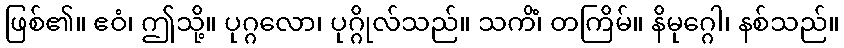
ဖြစ်၏။ ဧဝံ၊ ဤသို့။ ပုဂ္ဂလော၊ ပုဂ္ဂိုလ်သည်။ သကိံ၊ တကြိမ်။ နိမုဂ္ဂေါ၊ နစ်သည်။